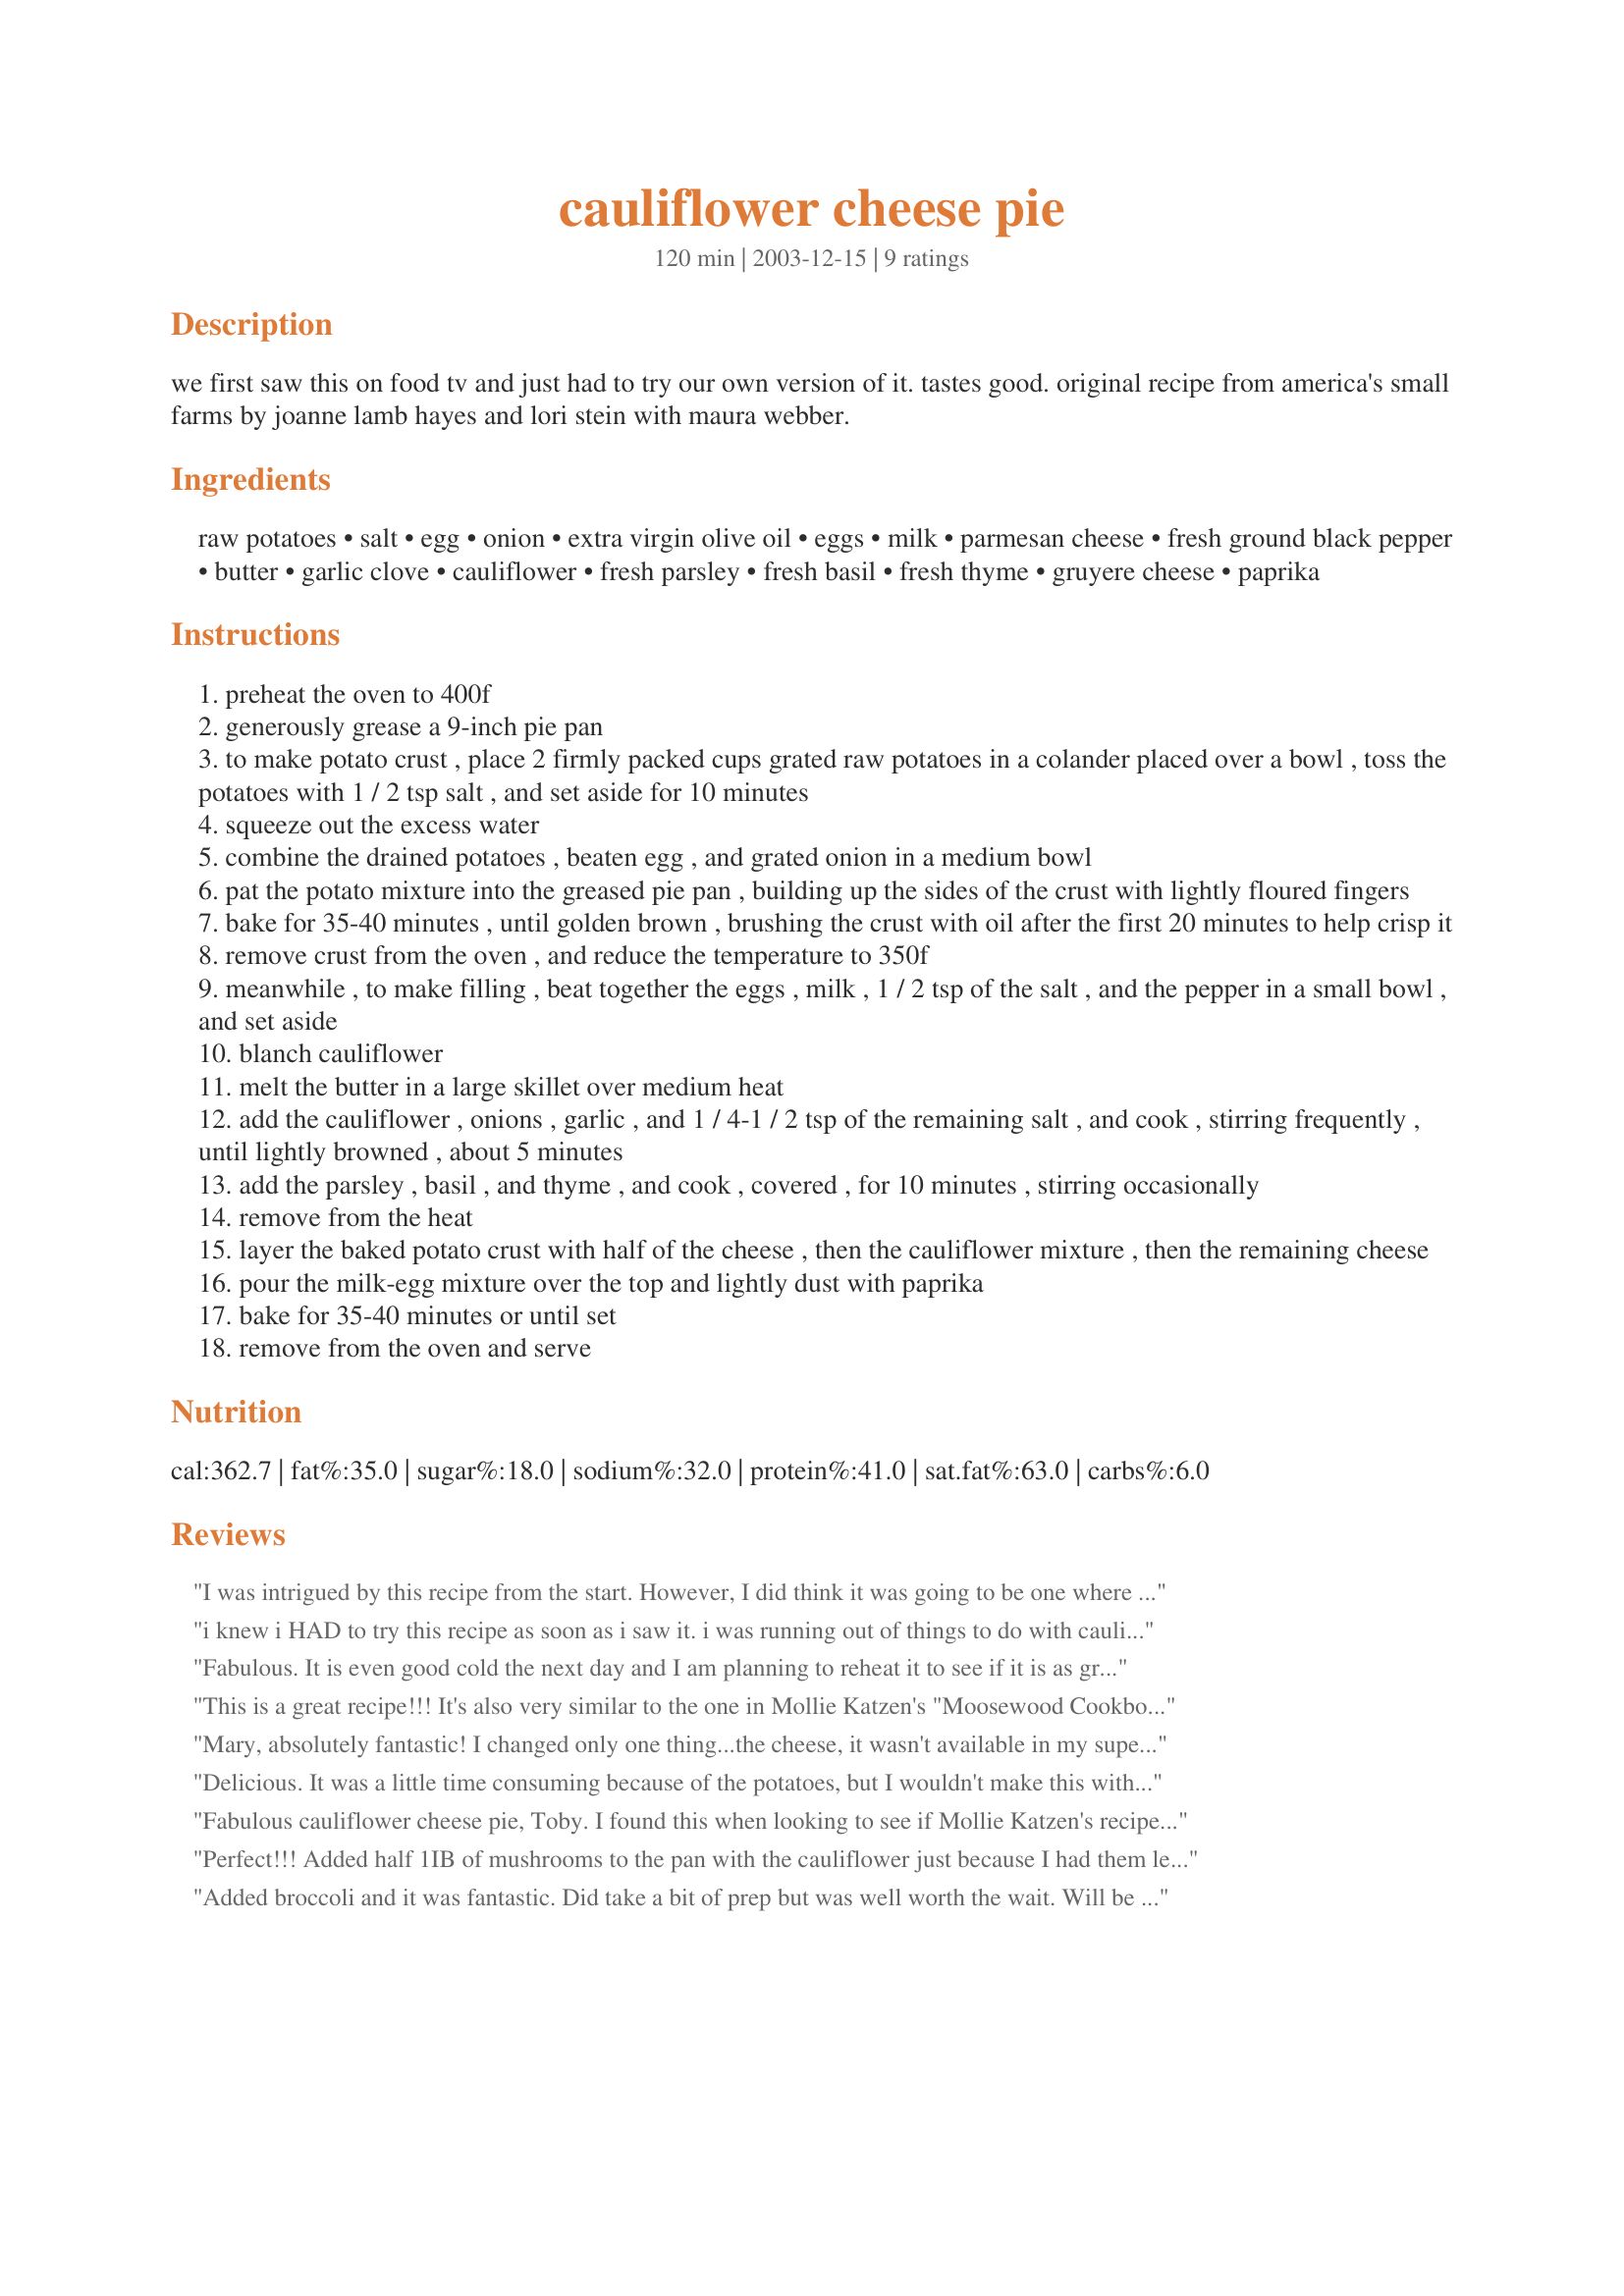
cauliflower cheese pie
Preparation time: 120 minutes

we first saw this on food tv and just had to try our own version of it. tastes good. original recipe from america's small farms by joanne lamb hayes and lori stein with maura webber.

Ingredients:
raw potatoes, salt, egg, onion, extra virgin olive oil, eggs, milk, parmesan cheese, fresh ground black pepper, butter, garlic clove, cauliflower, fresh parsley, fresh basil, fresh thyme, gruyere cheese, paprika

Steps:
preheat the oven to 400f
generously grease a 9-inch pie pan
to make potato crust , place 2 firmly packed cups grated raw potatoes in a colander placed over a bowl , toss the potatoes with 1 / 2 tsp salt , and set aside for 10 minutes
squeeze out the excess water
combine the drained potatoes , beaten egg , and grated onion in a medium bowl
pat the potato mixture into the greased pie pan , building up the sides of the crust with lightly floured fingers
bake for 35-40 minutes , until golden brown , brushing the crust with oil after the first 20 minutes to help crisp it
remove crust from the oven , and reduce the temperature to 350f
meanwhile , to make filling , beat together the eggs , milk , 1 / 2 tsp of the salt , and the pepper in a small bowl , and set aside
blanch cauliflower
melt the butter in a large skillet over medium heat
add the cauliflower , onions , garlic , and 1 / 4-1 / 2 tsp of the remaining salt , and cook , stirring frequently , until lightly browned , about 5 minutes
add the parsley , basil , and thyme , and cook , covered , for 10 minutes , stirring occasionally
remove from the heat
layer the baked potato crust with half of the cheese , then the cauliflower mixture , then the remaining cheese
pour the milk-egg mixture over the top and lightly dust with paprika
bake for 35-40 minutes or until set
remove from the oven and serve

Reviews:
I was intrigued by this recipe from the start. However, I did think it was going to be one where I would do all the eating, with my family doing the balking! I was so wrong! My husband loved it and my kids ate it without any complaint! I was so pleasantly surprised. This is a great meatless meal!

Roxygirl in Colo.
i knew i HAD to try this recipe as soon as i saw it. i was running out of things to do with cauliflower and this gives it a nice new utility (especially since we don't eat meat we are always looking for interesting new veg dishes). it was the first time i had made a pie with a potato crust, and we loved the hash-brown effect of the crust. the blend of herbs was just delectable (i used all fresh herbs), and the overall taste excellent. only thing i did different was to use one less egg, and i liked it that way. the only downside to this recipe is that it is rather time-consuming, but then, good things come to those who wait.
Fabulous. It is even good cold the next day and I am planning to reheat it to see if it is as great. I found the potato crust browned a little too much and will not bake it as long on the first bake. A great make ahead for Easter dinner.
This is a great recipe!!! It's also very similar to the one in Mollie Katzen's "Moosewood Cookbook", with some nice variations (different cheese--Moosewood's uses cheddar),more custard ingredients. This recipe is also good with a mixture of broccoli and cauliflower. I also sometimes add a bit of curry, to spice things up. The potato crust is wonderful with just about ANY savory pie--I much prefer it over regular pie crusts!
Mary, absolutely fantastic! I changed only one thing...the cheese, it wasn't available in my supermarket so I went to the Italian specialty store next door & he gave me 2 cheeses which I combined, don't ask me their names as the guy only speaks Italian & I don't. For the rest I stuck to the recipe.The aroma, heavenly..the taste, delicious!This recipe would also be great with any number of other vegetables...next time I'm going to try it with Broccoli.

Delicious. It was a little time consuming because of the potatoes, but I wouldn't make this without them! I loved the crispy crunchy potato crust and enjoyed how nicely the cauliflower filling stayed together. I think next time, I'll add some chopped cashews.
Fabulous cauliflower cheese pie, Toby. I found this when looking to see if Mollie Katzen's recipe for this dish in the Moosewood cookbook was already posted. Here it is, at least a close version of it. My variation involved using 1 T olive oil for part of the butter, omitting the parsley, and 1/2 c egg substitute in place of 2 eggs. 1 c of cheese was sufficient for me, a mixture of mostly mozzarella, and some fresh parmesan. Very lovely dish-- I'd like to scarf the whole darn thing up for my lunch (but I won't). Thanks for posting.
Perfect!!! Added half 1IB of mushrooms to the pan with the cauliflower just because I had them left over, Was a gret success!
Everyone loved it, was gone in 5 minutes!
Added broccoli and it was fantastic. Did take a bit of prep but was well worth the wait.
Will be cooking this one for guests.
